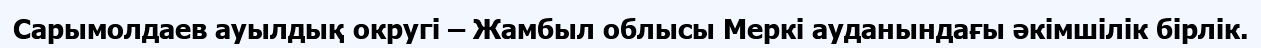
Сарымолдаев ауылдық округі – Жамбыл облысы Меркі ауданындағы әкімшілік бірлік.